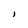
Character: l